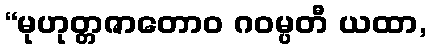
“မုဟုတ္တဇာတောဝ ဂဝမ္ပတီ ယထာ,